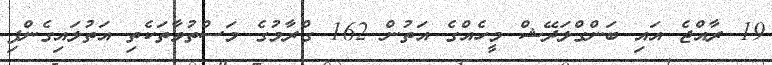
19 ރާއްޖެ އައި ބަންގްލަދޭޝް މީހެއްގެ އަތުން 162 ގްރާމުގެ މަސްތުވާތަކެތި އަތުލައިގެންފި